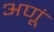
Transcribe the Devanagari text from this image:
अणूं